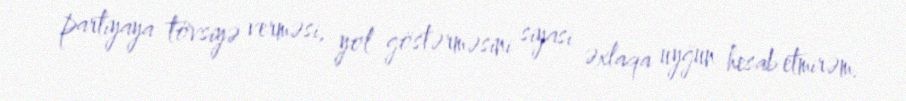
partiyaya tövsiyə verməsi, yol göstərməsini siyasi əxlaqa uyğun hesab etmirəm.